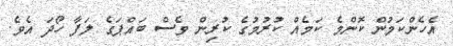
އެހެންކަމުން ކޮންމެ ކަމެއް ކުރުމުގެ ކުރިން ވެސް ބައްޕަގެ ލަފާ ހޯދަ އެވެ.